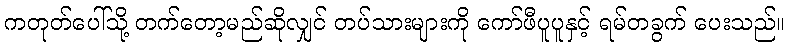
ကတုတ်ပေါ်သို့ တက်တော့မည်ဆိုလျှင် တပ်သားများကို ကော်ဖီပူပူနှင့် ရမ်တခွက် ပေးသည်။